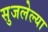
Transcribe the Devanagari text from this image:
सुजलेल्या